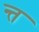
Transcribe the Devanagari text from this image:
न्त